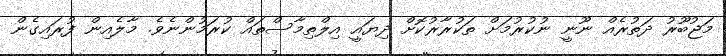
މަޖުބޫރު ދަތުރެއް ނޫނީ ނުކުރުމަށް ތަކުރާރުކޮށް ދިޔައީ އިލްތިމާސްތައް ކުރަމުންނެވެ. މާލެއިން ފުރައިގެން